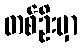
တစ်ဦးမှာ